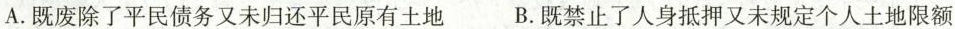
A.既废除了平民债务又未归还平民原有土地 B.既禁止了人身抵押又未规定个人土地限额